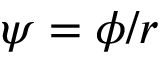
\psi = \phi / r